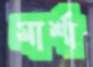
মার্শা